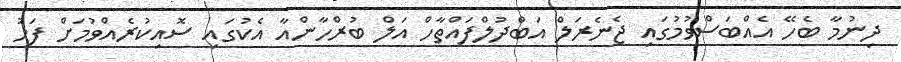
ދިނުމާ ބެހޭ އެއްބަސްވުމުގައި ޖެނެރަލް އަބްދުލްފައްތާހް އަލް ބުރްހާންއާ އެކުގައި ސޮއިކުރެއްވުމަށް ފަހު